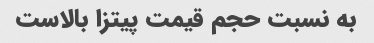
به نسبت حجم قیمت پیتزا بالاست